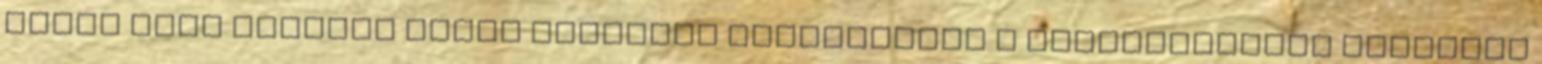
előző évek európai uniós hatósági vizsgálatai a leggyakrabban találtak